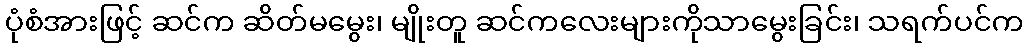
ပုံစံအားဖြင့် ဆင်က ဆိတ်မမွေး၊ မျိုးတူ ဆင်ကလေးများကိုသာမွေးခြင်း၊ သရက်ပင်က